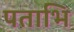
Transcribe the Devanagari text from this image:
पताभि